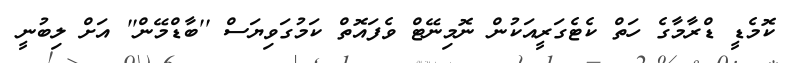
ކޮމެޑީ ޑްރާމާގެ ހަތް ކެޓެގަރީއަކުން ނޮމިނޭޓް ވެފައޮތް ކަމުގަވިޔަސް ''ބާޑްމޭން'' އަށް ލިބުނީ